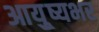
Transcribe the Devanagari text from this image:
आयु़्ष्यभर